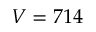
V = 7 1 4